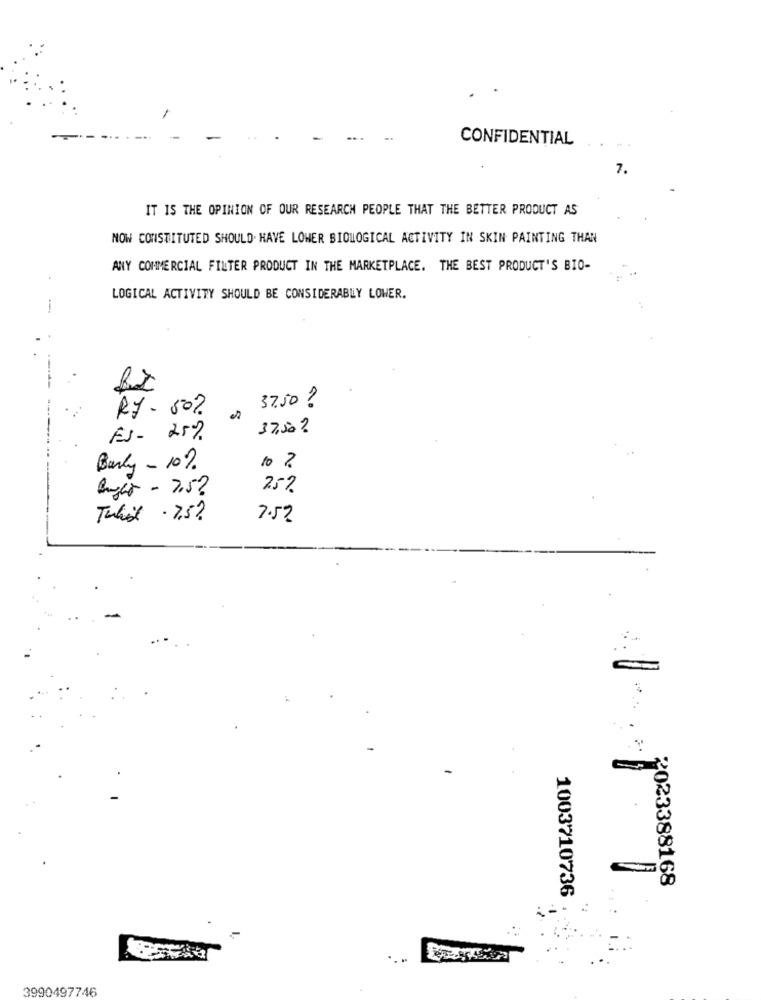
CONFIDENTIAL
7.
IT IS THE OPINION OF OUR RESEARCH PEOPLE THAT THE BETTER PRODUCT AS
NOW CONSTITUTED SHOULD. HAVE LOWER BIOLOGICAL ACTIVITY IN SKIN PAINTING THAN
ANY COMMERCIAL FILTER PRODUCT IN THE MARKETPLACE. THE BEST PRODUCT'S BIO-
LOGICAL ACTIVITY SHOULD BE CONSIDERABLY LOWER.
37.50 ?
RJ - 50%
17,50?
FJ- 25%
Banky - 10%
10 ?
Anglo - 7.5?
25%
Tabel .7.5?
7.52
2023388168
1003710736
. ..
3990497746